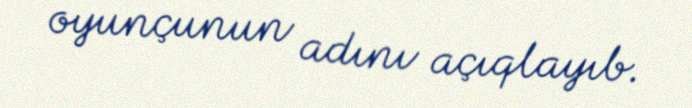
oyunçunun adını açıqlayıb.